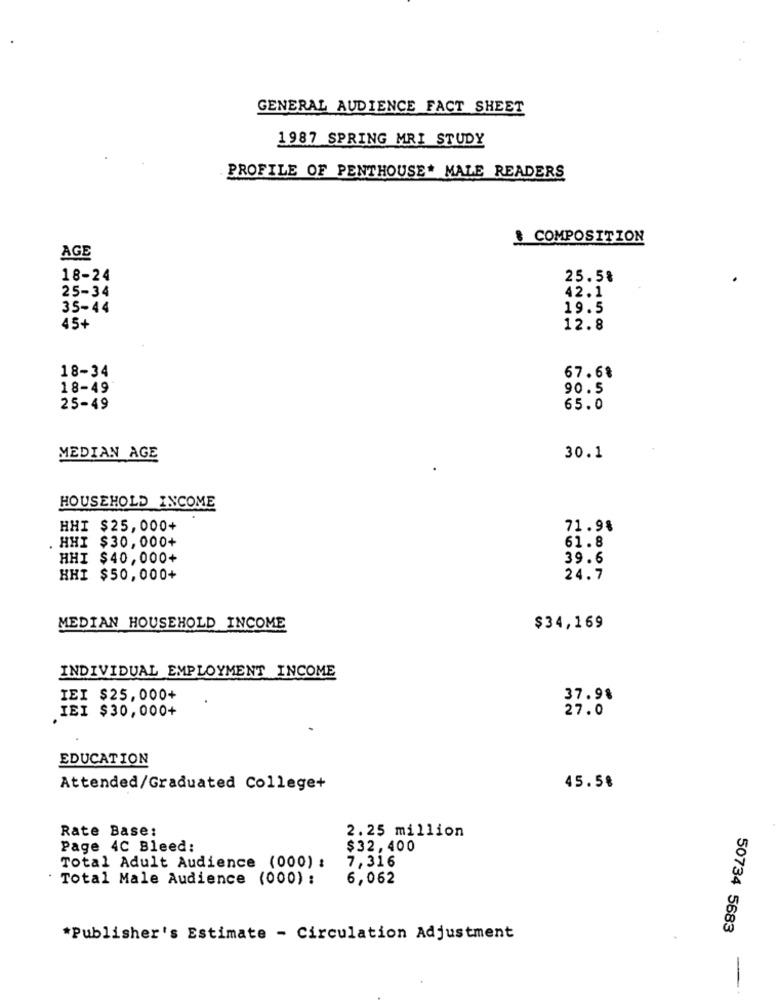
GENERAL AUDIENCE FACT SHEET
1987 SPRING MRI STUDY
PROFILE OF PENTHOUSE* MALE READERS
& COMPOSITION
AGE
18-24
25.5%
25-34
42.1
35-44
19.5
45+
12.8
67.68
18-34
18-49
90.5
25-49
65.0
MEDIAN AGE
30.1
HOUSEHOLD INCOME
HHI $25,000+
71.9%
. HHI $30, 000+
61.8
HHI $40,000+
39.6
HHI $50,000+
24.7
MEDIAN HOUSEHOLD INCOME
$34,169
INDIVIDUAL EMPLOYMENT INCOME
IEI $25,000+
37.98
IEI $30,000+
27.0
EDUCATION
Attended/Graduated College+
45.58
Rate Base:
2.25 million
Page 4C Bleed:
$32,400
7,316
Total Adult Audience (000) :
Total Male Audience (000) :
6,062
50734 5683
*Publisher's Estimate - Circulation Adjustment